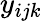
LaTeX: y_{ijk}